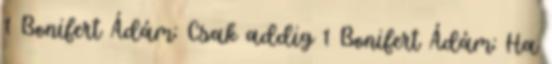
1 Bonifert Ádám: Csak addig 1 Bonifert Ádám: Ha